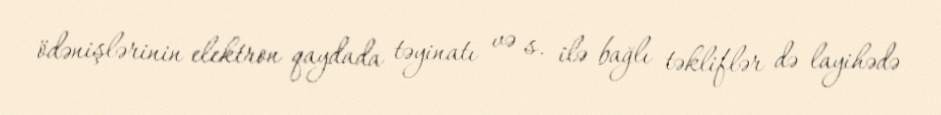
ödənişlərinin elektron qaydada təyinatı və s. ilə bağlı təkliflər də layihədə